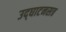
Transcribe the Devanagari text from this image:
उद्‍घाटनसत्र